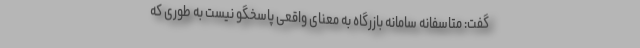
گفت: متاسفانه سامانه بازرگاه به معنای واقعی پاسخگو نیست به طوری که